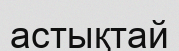
астықтай